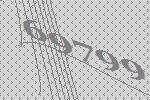
69799